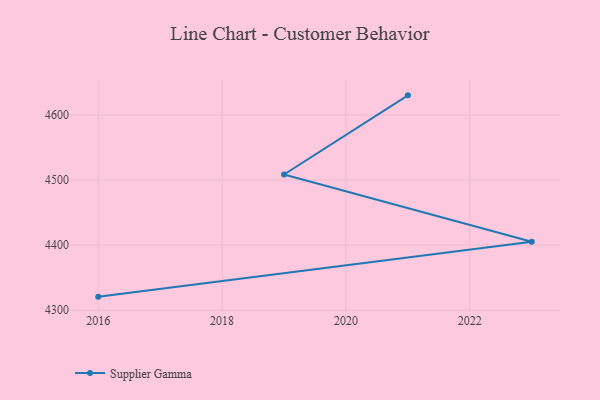
{"axis": {"x": "Year", "y": "Shipments"}, "legend": ["Supplier Gamma"], "data": [{"x": "2021", "y": 4630.2, "type": "Supplier Gamma"}, {"x": "2019", "y": 4508.5, "type": "Supplier Gamma"}, {"x": "2023", "y": 4405.1, "type": "Supplier Gamma"}, {"x": "2016", "y": 4320.8, "type": "Supplier Gamma"}]}